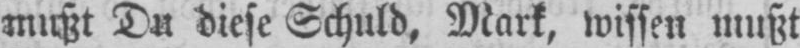
Du diese Schuld, Mark, wissen mußt